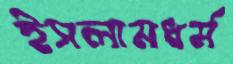
ইসলামধর্ম